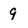
Character: 9